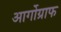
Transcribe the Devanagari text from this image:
आर्गोग्राफ